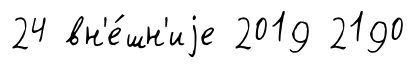
24 вн'е́шн'иjе 2019 2190